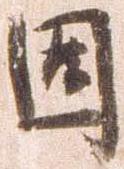
固